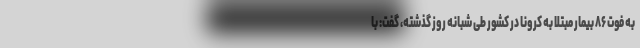
به فوت ۸۶ بیمار مبتلا به کرونا در کشور طی شبانه روز گذشته، گفت: با